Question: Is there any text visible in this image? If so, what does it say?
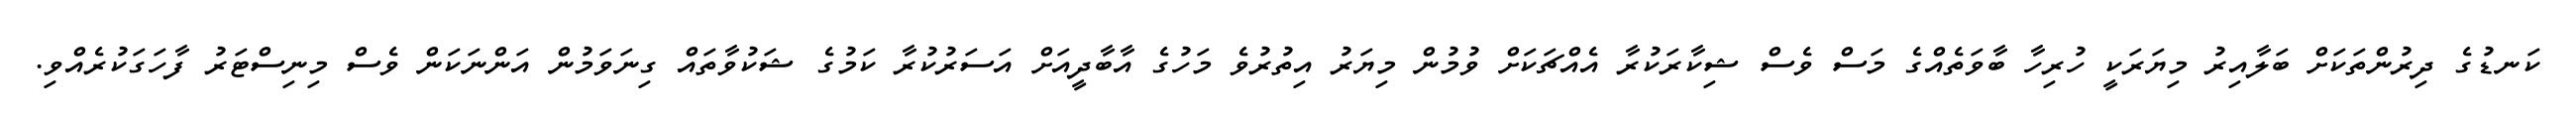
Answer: ކަނޑުގެ ދިރުންތަކަށް ބަލާއިރު މިޔަރަކީ ހުރިހާ ބާވަތެއްގެ މަސް ވެސް ޝިކާރަކުރާ އެއްޗަކަށް ވުމުން މިޔަރު އިތުރުވެ މަހުގެ އާބާދީއަށް އަސަރުކުރާ ކަމުގެ ޝަކުވާތައް ގިނަވަމުން އަންނަކަން ވެސް މިނިސްޓަރު ފާހަގަކުރެއްވި.